system: You are a helpful assistant.
user:
Analyze the provided spectrum to determine if it is a **S-type Star**.

- **Key Indicators for S-type Star:**

    - **(Overall Spectrum Shape):** The first and most obvious characteristic is the overall continuum (the "baseline" shape). It is **extremely "red-sloping,"** meaning the flux (light intensity) is very low on the left side (blue, ~4000-4500 Å) and rises steeply and continuously toward the right side (red, ~7000 Å+).

    - **(Primary):** The spectrum is defined by the presence of strong, broad molecular absorption "valleys" (bands) from **Zirconium Oxide (ZrO)**. The identification of these bands is the **primary requirement** for classifying a star as S-type.
        - **(Key Bandheads):** You must find distinct, deep "dips" where the light has been absorbed. The most critical band systems to locate are:
            - **~6474 Å** ($\gamma$-system): This is often the strongest and clearest ZrO feature, found in the red part of the spectrum.
            - **~5718 Å** & **~5551 Å** ($\beta$-system): A pair of prominent absorption features in the yellow-orange part of the spectrum.
            - **~4640 Å** ($\alpha$-system): A key absorption band system in the blue-green region of the spectrum.

    - **(Secondary Confirmation):** The classification is strengthened by finding additional absorption bands from other related heavy element oxides, which are expected to be present alongside ZrO.
        - **(Key Bandheads):**
            - **Yttrium Oxide (YO):** Look for absorption dips near **~4800 Å** and **~6100 Å**.
            - **Lanthanum Oxide (LaO):** Additional absorption features, particularly in the red-orange part of the spectrum, are also characteristic.

    - **(Line Profile):** The combination of the steep red continuum and these numerous, deep molecular bands (ZrO, YO, etc.) gives the entire spectrum a very **"chopped-up"** or **"bumpy"** appearance. Instead of a smooth curve, the spectrum looks as though large, wide chunks of light have been "carved out" of it at the specific wavelengths listed above.

Think first, call **spectral_visualization_tool** if needed to examine features in detail, then provide your final answer. Your response must adhere to the following strict rules:
1.  **Overall Structure:** Your response must follow the format `<think>...</think> <tool_call>...</tool_call> (if a tool is used) <answer>...</answer>`.
2.  **Tool Usage Constraint:** You may only make **one** tool call per turn.
3.  **Final Answer Format:** In the `<answer>` tag, your conclusion must be inside a `\boxed{}` command (e.g., `\boxed{YES}` or `\boxed{NO}`), followed by your justification.

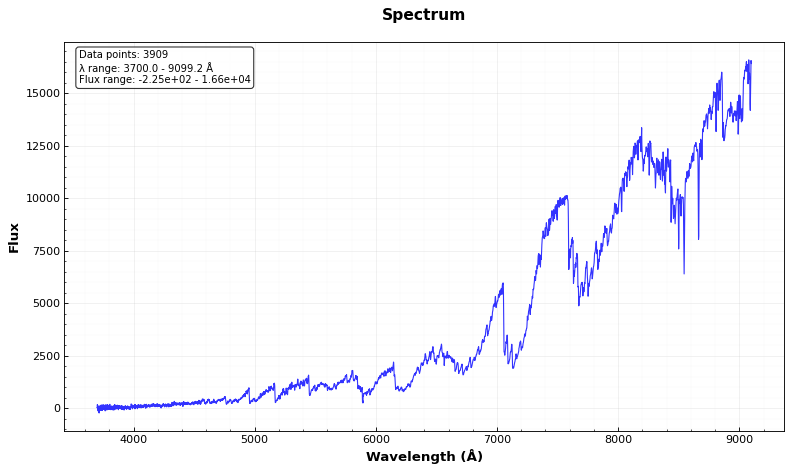
Answer: YES